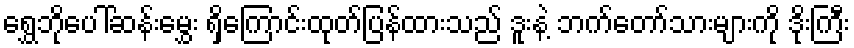
ရွှေဘိုပေါ်ဆန်းမွှေး ရှိကြောင်းထုတ်ပြန်ထားသည် ဒူးနဲ့ ဘက်တော်သားများကို ဒိုးကြီး